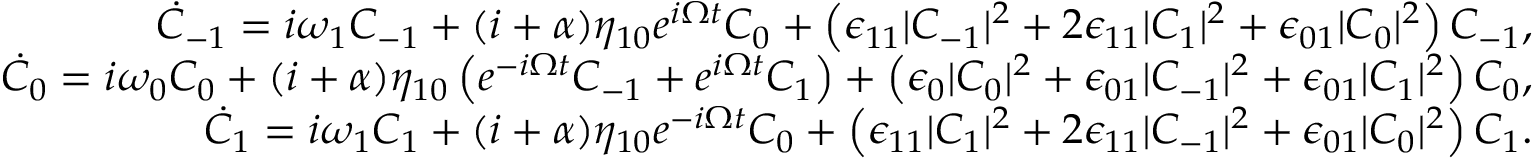
\begin{array} { r l r } & { } & { \dot { C } _ { - 1 } = i \omega _ { 1 } C _ { - 1 } + ( i + \alpha ) \eta _ { 1 0 } e ^ { i \Omega t } C _ { 0 } + \left( \epsilon _ { 1 1 } | C _ { - 1 } | ^ { 2 } + 2 \epsilon _ { 1 1 } | C _ { 1 } | ^ { 2 } + \epsilon _ { 0 1 } | C _ { 0 } | ^ { 2 } \right) C _ { - 1 } , } \\ & { } & { \dot { C } _ { 0 } = i \omega _ { 0 } C _ { 0 } + ( i + \alpha ) \eta _ { 1 0 } \left( e ^ { - i \Omega t } C _ { - 1 } + e ^ { i \Omega t } C _ { 1 } \right) + \left( \epsilon _ { 0 } | C _ { 0 } | ^ { 2 } + \epsilon _ { 0 1 } | C _ { - 1 } | ^ { 2 } + \epsilon _ { 0 1 } | C _ { 1 } | ^ { 2 } \right) C _ { 0 } , } \\ & { } & { \dot { C } _ { 1 } = i \omega _ { 1 } C _ { 1 } + ( i + \alpha ) \eta _ { 1 0 } e ^ { - i \Omega t } C _ { 0 } + \left( \epsilon _ { 1 1 } | C _ { 1 } | ^ { 2 } + 2 \epsilon _ { 1 1 } | C _ { - 1 } | ^ { 2 } + \epsilon _ { 0 1 } | C _ { 0 } | ^ { 2 } \right) C _ { 1 } . } \end{array}